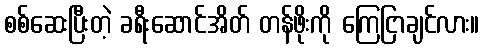
စစ်ဆေးပြီးတဲ့ ခရီးဆောင်အိတ် တန်ဖိုးကို ကြေငြာချင်လား။